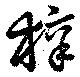
梓